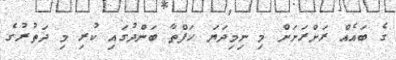
ގެ ބައެއް ރަށްރަށަށް މި ނިމިދަޔަ ހަފްތާ ބަންދުގައި ކުރި މި ދަތުރުގެ